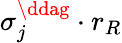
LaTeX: \sigma_{j}^{\ddag}\cdot r_{R}